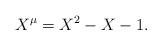
LaTeX: \begin{align*}X^{\mu}=X^2-X-1.\end{align*}